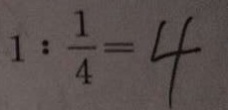
1 : \frac { 1 } { 4 } = 4